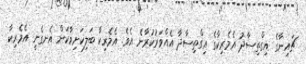
ޗައިނާގެ އިގްތިސާދު އެމެރިކާގެ އިގްތިސާދާ އެއްވަރުކުރާނެ އެވެ. އެމެރިކާ ބަލިކަށިވާކަން އެނގެނީ އެމެރިކާ